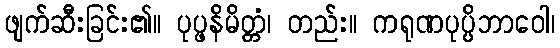
ဖျက်ဆီးခြင်း၏။ ပုပ္ဖနိမိတ္တံ၊ တည်း။ ကရုဏပုပ္ပိဘာဝေါ၊